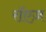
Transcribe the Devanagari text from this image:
रॉएज़